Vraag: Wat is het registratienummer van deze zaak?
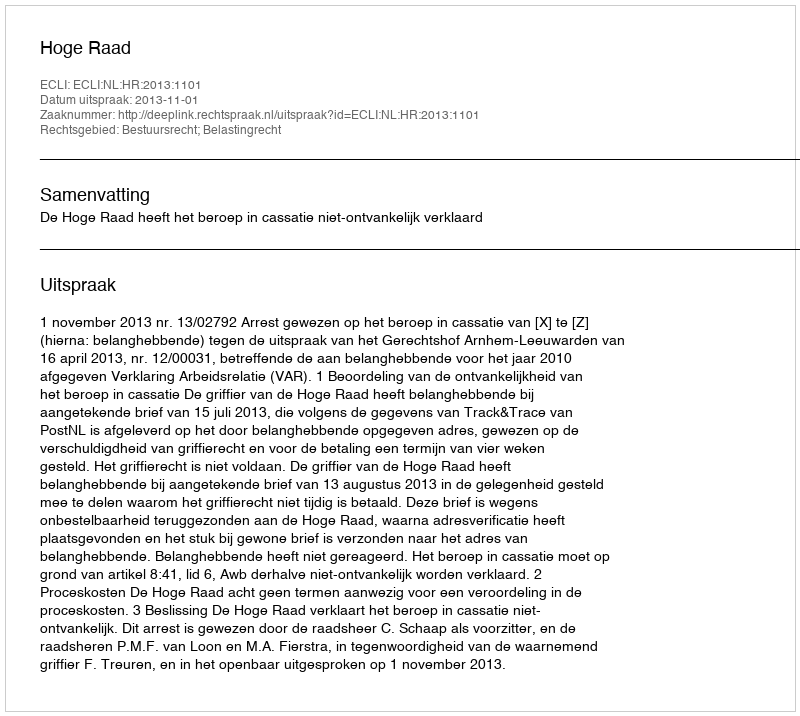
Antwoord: http://deeplink.rechtspraak.nl/uitspraak?id=ECLI:NL:HR:2013:1101